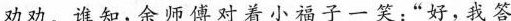
劝劝。谁知，余师傅对着小福子一笑：”好，我答